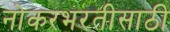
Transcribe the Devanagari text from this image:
नोकरभरतीसाठी